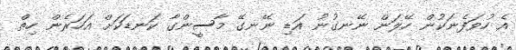
އެ ހުވަފެނަކުން ހޭލަން ނޭނގުނު އަޑި ނޭނގޭ މާސީންގާ ކަނޑަކަށް އަހަރެން ހިތް